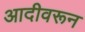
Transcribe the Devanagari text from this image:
आदीवरून